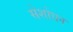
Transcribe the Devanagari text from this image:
सेशोधन